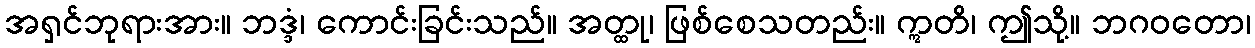
အရှင်ဘုရားအား။ ဘဒ္ဒံ၊ ကောင်းခြင်းသည်။ အတ္ထု၊ ဖြစ်စေသတည်း။ ဣတိ၊ ဤသို့။ ဘဂဝတော၊